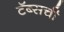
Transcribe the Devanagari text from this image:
टॅब्सची